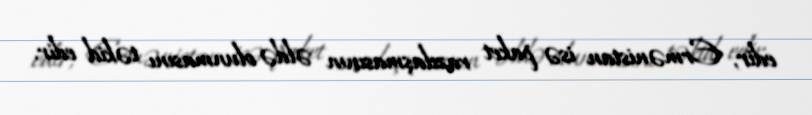
edir, Ermənistan isə paket razılaşmasının əldə olunmasını təkid edir.